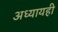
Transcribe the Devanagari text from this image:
अध्यायही